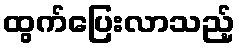
ထွက်ပြေးလာသည့်